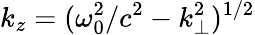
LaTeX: k_{z}=(\omega_{0}^{2}/c^{2}-k_{\perp}^{2})^{1/2}